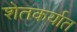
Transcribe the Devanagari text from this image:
शेतकर्यात